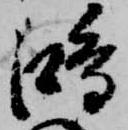
鴻